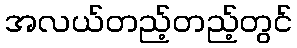
အလယ်တည့်တည့်တွင်